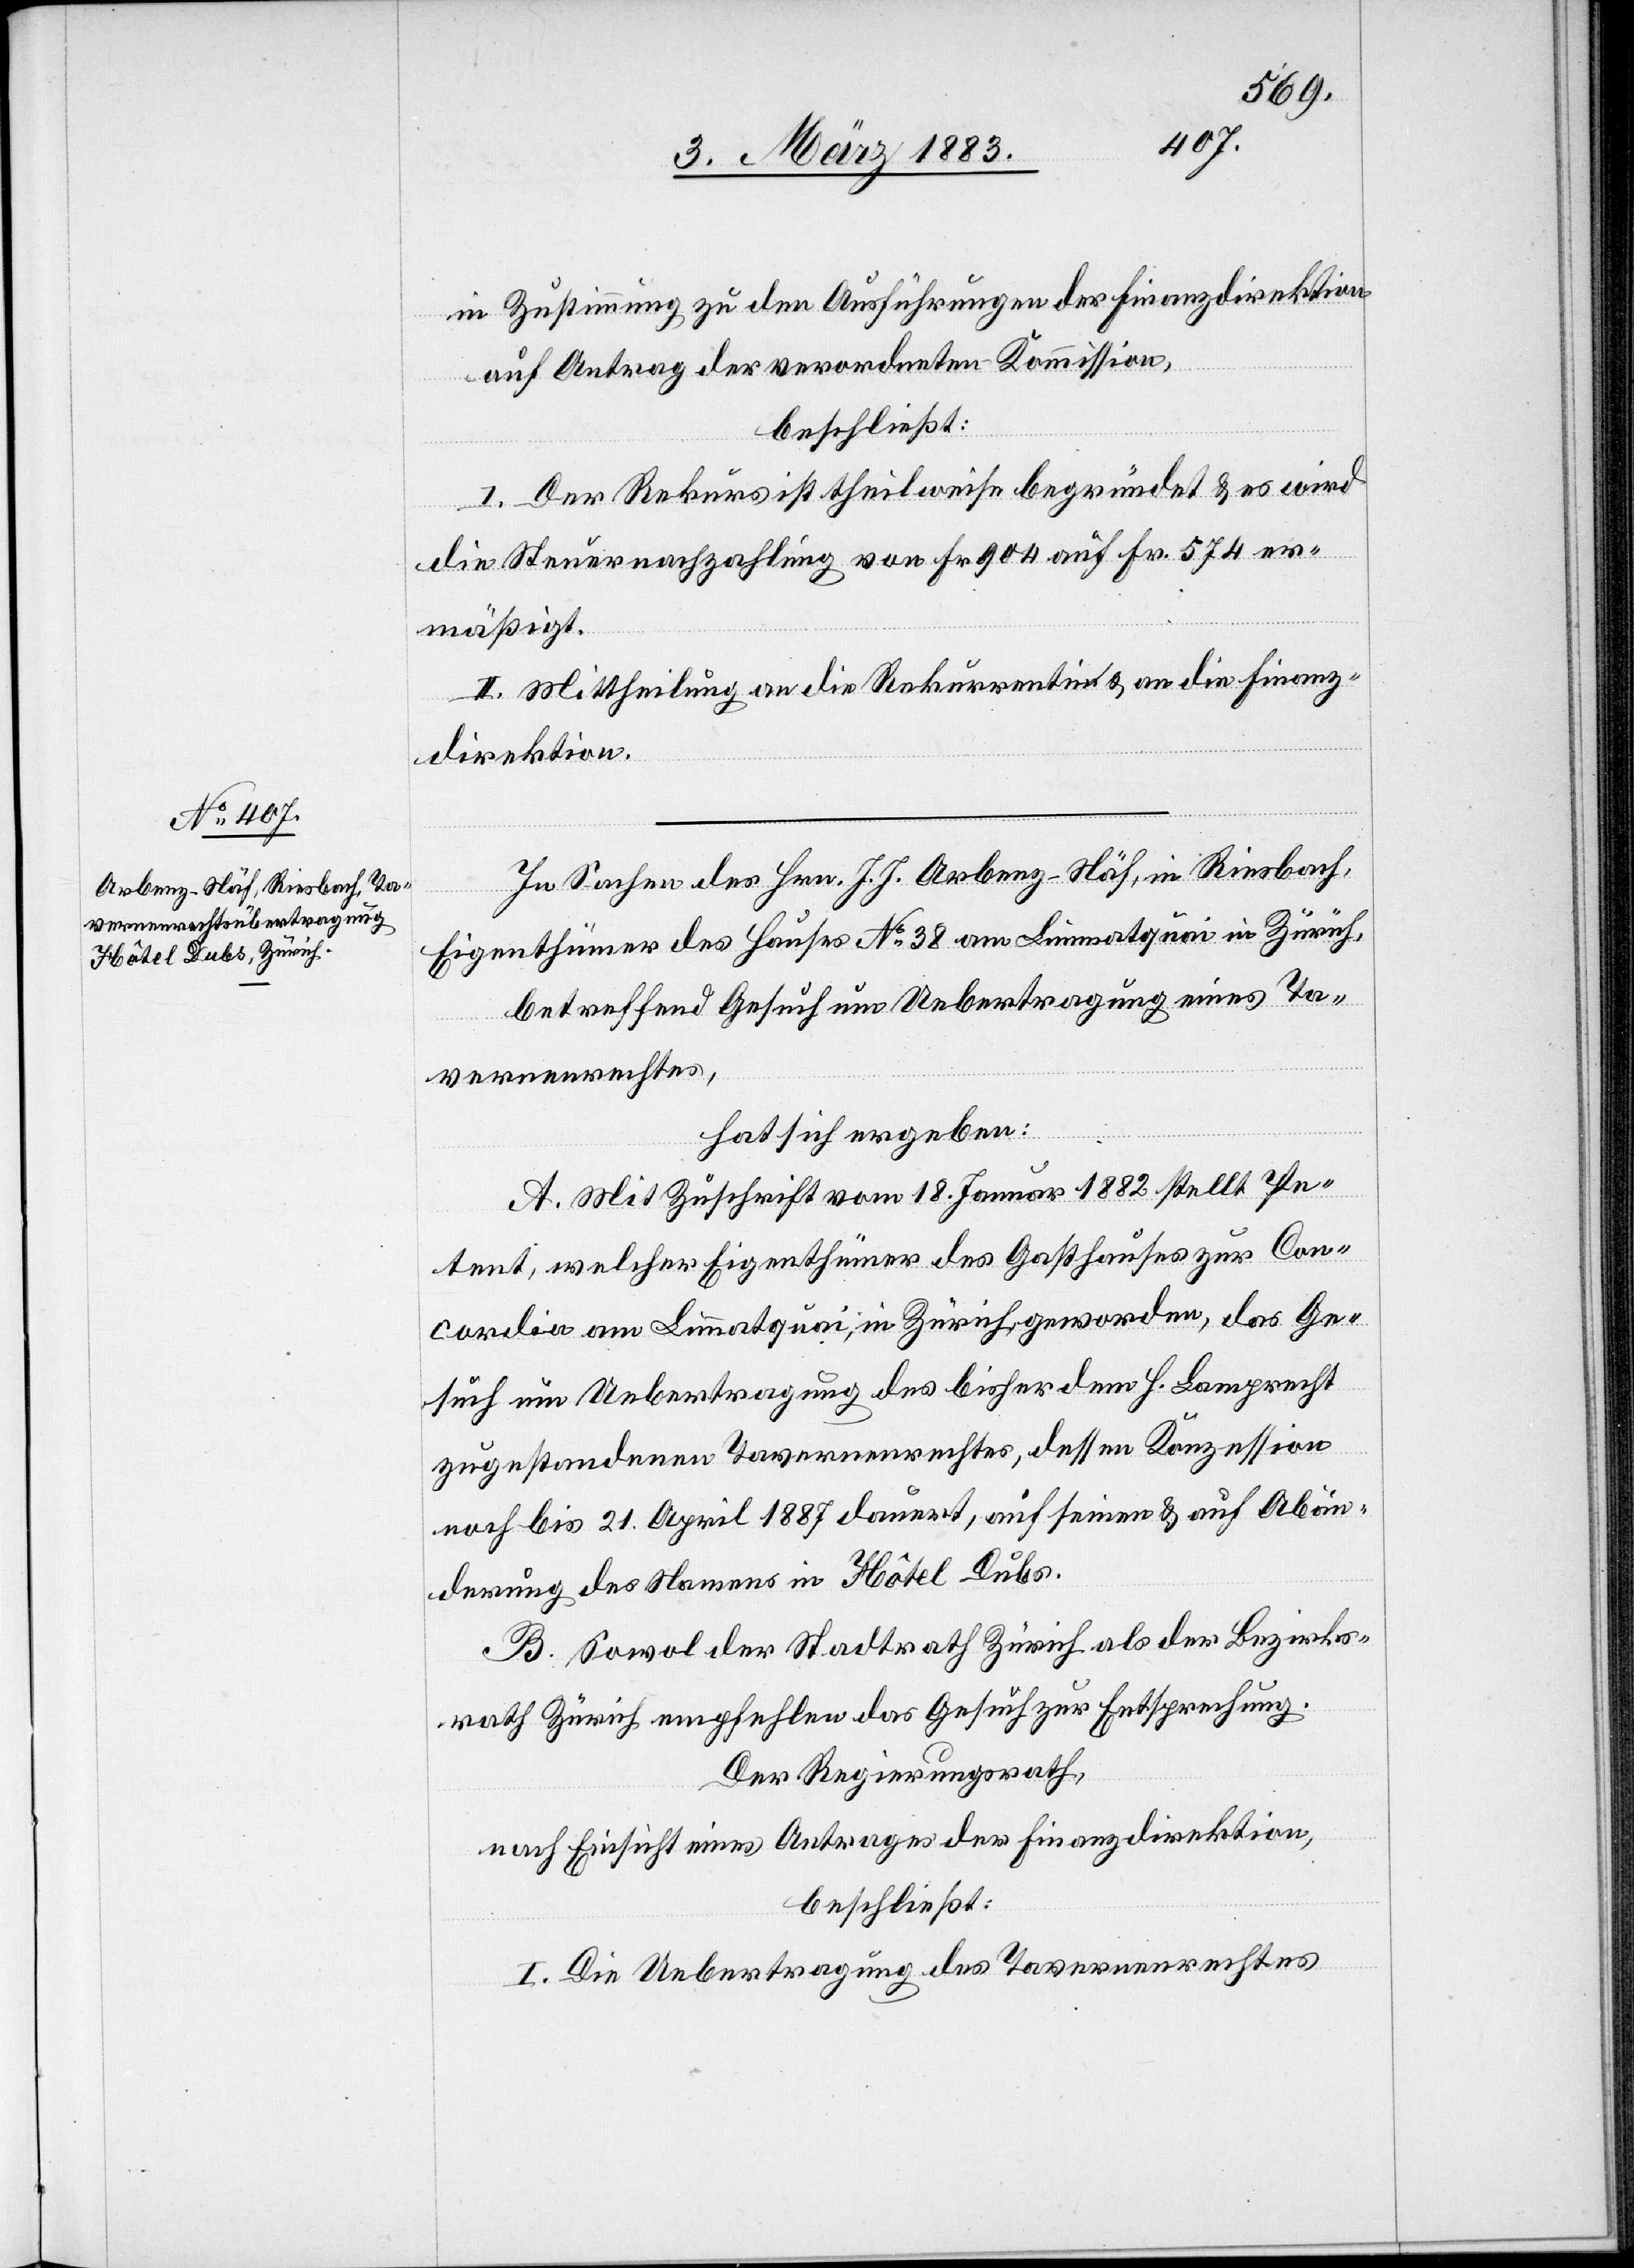
in Zustimmung zu den Ausführungen der Finanzdirektion
auf Antrag der verordneten Kommission,
beschließt:
I. Der Rekurs ist theilweise begründet & es wird
die Steuernachzahlung von Fr. 904 auf Fr. 574 er¬
mäßigt.
II. Mittheilung an die Rekurrentin & an die Finanz¬
direktion.
In Sachen des Hrn. J. J. Arbenz-Näf, in Riesbach,
Eigenthümer des Hauses No 38 am Limmatquai in Zürich,
betreffend Gesuch um Uebertragung eines Ta¬
vernenrechtes,
hat sich ergeben:
A. Mit Zuschrift vom 18. Januar 1882 stellt Pe¬
tent, welcher Eigenthümer des Gasthauses zur Con¬
cordia am Limmatquai, in Zürich, geworden, das Ge¬
such um Uebertragung des bisher dem H. Lamprecht
zugestandenen Tavernenrechtes, dessen Konzession
noch bis 21. April 1887 dauert, auf seinen & auf Abän¬
derung des Namens in Hôtel Dubs.
B. Sowol der Stadtrath Zürich als der Bezirks¬
rath Zürich empfehlen das Gesuch zur Entsprechung.
Der Regierungsrath,
nach Einsicht eines Antrages der Finanzdirektion,
beschließt:
I. Die Uebertragung des Tavernenrechtes